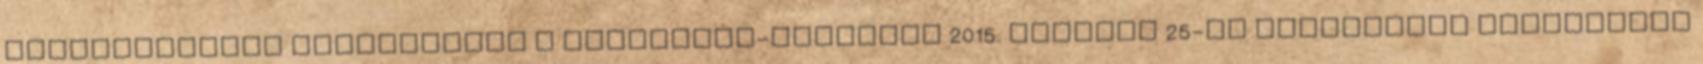
Közbeszerzési JEGYZŐKÖNYV a képviselő-testület 2015. március 25-én megtartott rendkívüli